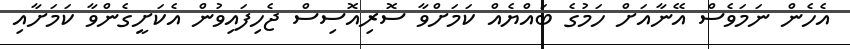
އެހެން ނަމަވެސް އޭނާއަށް ހަމުގެ ބައްޔެއް ކަމަށްވާ ސޮރިއޮސިސް ޖެހިފައިވުން އެކަށީގެންވާ ކަމަށާއި